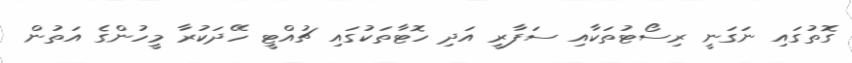
ގޮތުގައި ނަގަނީ ރިސޯޓުތަކާއި ސަފާރީ އަދި ހޮޓާތަކުގައި ޗުއްޓީ ހޭދަކުރާ މީހުންގެ އަތުން